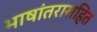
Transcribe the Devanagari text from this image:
भाषांतरासहित